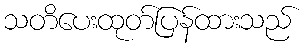
သတိပေးထုတ်ပြန်ထားသည်